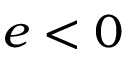
e < 0